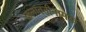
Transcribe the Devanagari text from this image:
कलावतीनामक